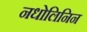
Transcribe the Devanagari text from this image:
नधोलिनिन